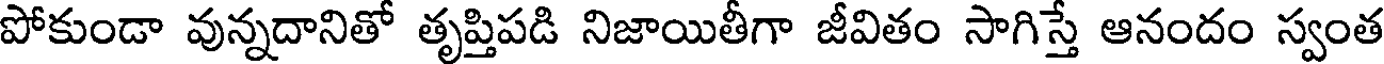
పోకుండా వున్నదానితో తృప్తిపడి నిజాయితీగా జీవితం సాగిస్తే ఆనందం స్వంత